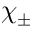
\chi _ { \pm }